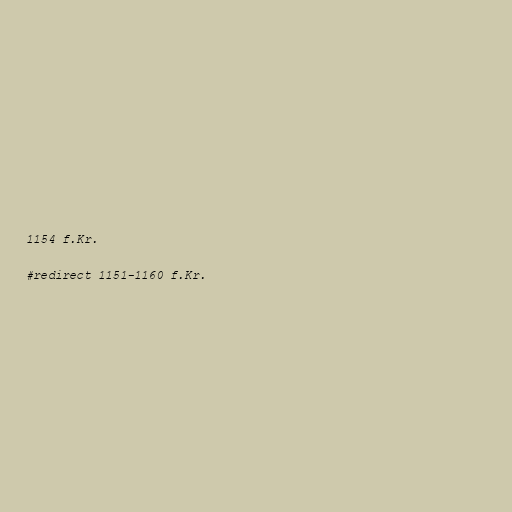
1154 f.Kr.

#redirect 1151-1160 f.Kr.